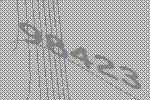
98423